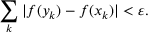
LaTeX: \sum _ { k } | f ( y _ { k } ) - f ( x _ { k } ) | < \varepsilon .